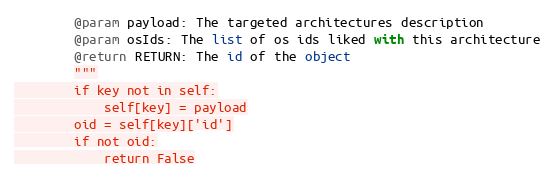
Language: Python
        @param payload: The targeted architectures description
        @param osIds: The list of os ids liked with this architecture
        @return RETURN: The id of the object
        """
        if key not in self:
            self[key] = payload
        oid = self[key]['id']
        if not oid:
            return False